Statistical return of the lunatic asylum in Assam - 1912-1932
Year: 1912
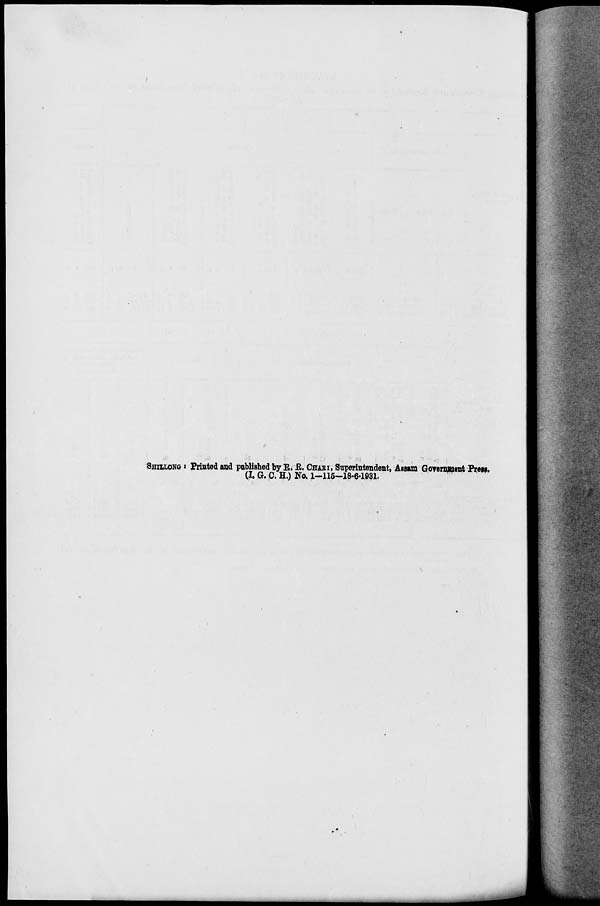
SHILLONG : Printed and published by E. JR. CHABI, Superintendent, Assam Government Prase.
(I. G. C. H.) No. 1-115-18-6-1931.